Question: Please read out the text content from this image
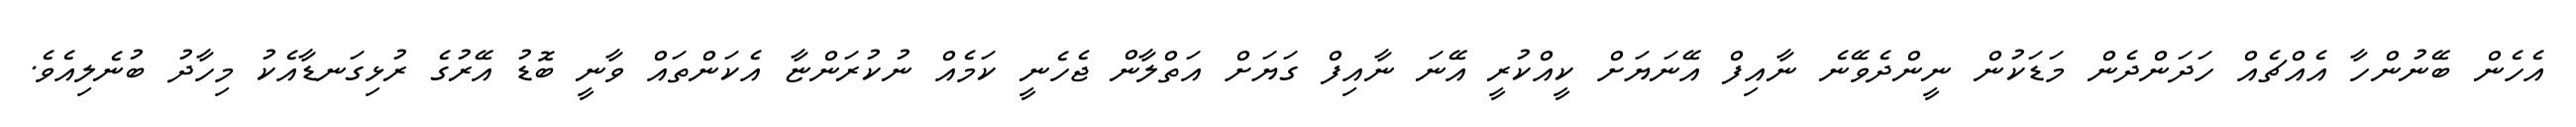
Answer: އެހެން ބޭނުންހާ އެއްޗެއް ހަދަންދެން މަޑަކުން ނީންދެވޭނެ ނާއިފް އޭނަޔަށް ކީއްކުރީ އޭނަ ނާއިފް ގަޔަށް އަތްލާން ޖެހެނީ ކަމެއް ނުކުރަންޏާ އެކަންތައް ވާނީ ބޮޑު އޭރުގެ ރުޅިގަނޑާއެކު މިހާދު ބުނެލިއެވެ.